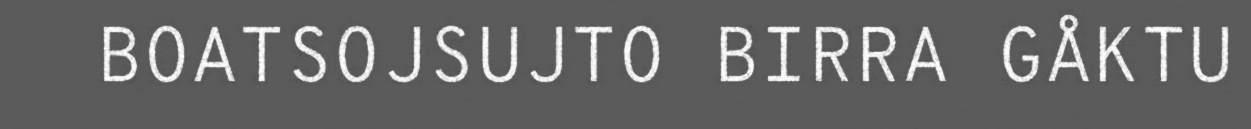
BOATSOJSUJTO BIRRA GÅKTU